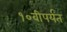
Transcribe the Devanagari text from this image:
१०वीपर्यंत